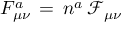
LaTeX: F _ { \mu \nu } ^ { a } \, = \, n ^ { a } \, \mathcal { F } _ { \mu \nu }